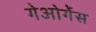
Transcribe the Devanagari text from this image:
गेओर्गेस